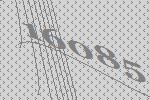
16085